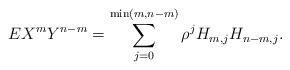
LaTeX: \begin{align*}EX^{m}Y^{n-m}=\sum_{j=0}^{\min (m,n-m)}\rho ^{j}H_{m,j}H_{n-m,j}.\end{align*}